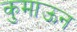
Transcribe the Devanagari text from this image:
कुमाऊन